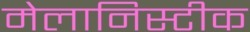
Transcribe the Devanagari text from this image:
मेलानिस्टीक